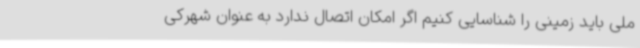
ملی باید زمینی را شناسایی کنیم اگر امکان اتصال ندارد به عنوان شهرکی